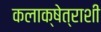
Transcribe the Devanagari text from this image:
कलाक्षेत्राशी